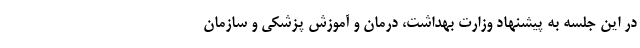
در این جلسه به پیشنهاد وزارت بهداشت، درمان و آموزش پزشکی و سازمان